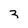
Character: 3